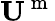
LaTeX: {\mathbf U}^{\mathrm{~m~}}